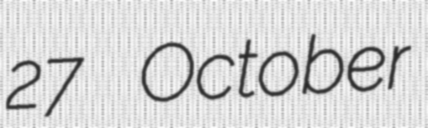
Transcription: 27 October